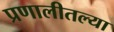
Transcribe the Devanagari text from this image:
प्रणालीतल्या